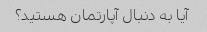
آیا به دنبال آپارتمان هستید؟